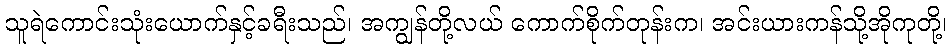
သူရဲကောင်းသုံးယောက်နှင့်ခရီးသည်၊ အကျွန်တို့လယ် ကောက်စိုက်တုန်းက၊ အင်းယားကန်သို့အိုကုတို့၊